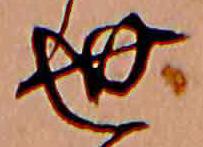
世